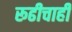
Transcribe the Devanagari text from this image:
रूढीचाही